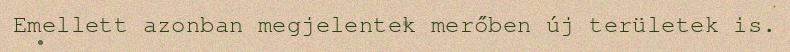
Emellett azonban megjelentek merőben új területek is.